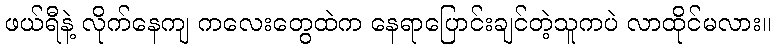
ဖယ်ရီနဲ့ လိုက်နေကျ ကလေးတွေထဲက နေရာပြောင်းချင်တဲ့သူကပဲ လာထိုင်မလား။